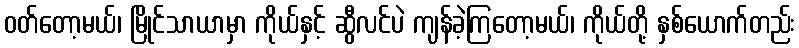
ဝတ်တော့မယ်၊ မြိုင်သာယာမှာ ကိုယ်နှင့် ဆွီလင်ပဲ ကျန်ခဲ့ကြတော့မယ်၊ ကိုယ်တို့ နှစ်ယောက်တည်း